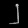
Digit: ၂